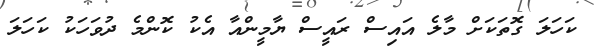
ކަހަލަ ގޮތަކަށް މާލެ އައިސް ރައީސް ޔާމީންއާ އެކު ކޮންމެ ދުވަހަކު ކަހަލަ